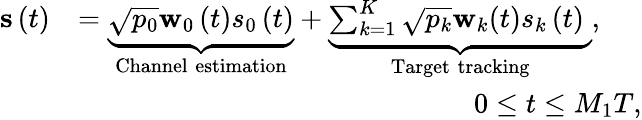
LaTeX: \begin{array}{rl}{{\mathbf{s}}\left(t\right)}&{=\underbrace{{\sqrt{{p_{0}}}{{{\mathbf{w}}_{0}}\left(t\right)}{s_{0}}\left(t\right)}}_{\mathrm{{Channel}}\; {\mathrm{estimation}}}+\underbrace{\sum_{k=1}^{K}{\sqrt{{p_{k}}}{{\mathbf{w}}_{k}}(t){s_{k}}\left(t\right)}\; }_{\mathrm{{Target}}\; {\mathrm{tracking}}},}\\ &{\qquad\qquad\qquad\qquad\qquad\qquad\qquad 0\le t\le{M_{1}}{T},}\end{array}